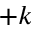
+ k